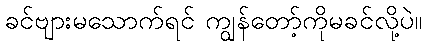
ခင်ဗျားမသောက်ရင် ကျွန်တော့်ကိုမခင်လို့ပဲ။